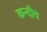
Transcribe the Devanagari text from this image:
कन्दीय